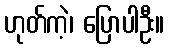
ဟုတ်ကဲ့၊ ပြောပါဦး။